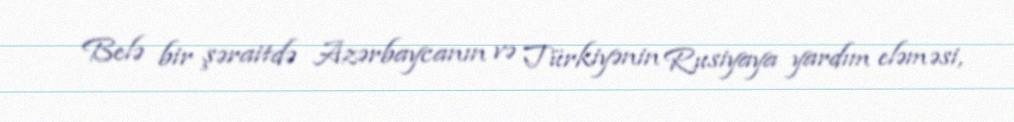
Belə bir şəraitdə Azərbaycanın və Türkiyənin Rusiyaya yardım eləməsi,